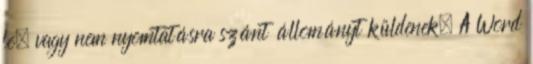
le, vagy nem nyomtatásra szánt állományt küldenek. A Word